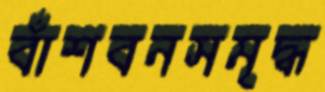
বাঁশবনসমৃদ্ধ